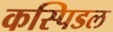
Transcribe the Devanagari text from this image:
कस्पिडल